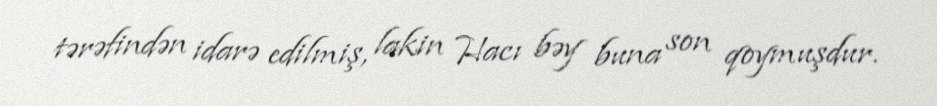
tərəfindən idarə edilmiş, lakin Hacı bəy buna son qoymuşdur.